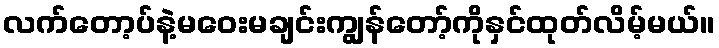
လက်တော့ပ်နဲ့မဝေးမချင်းကျွန်တော့်ကိုနှင်ထုတ်လိမ့်မယ်။